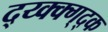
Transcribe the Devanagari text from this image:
द्य्क्क्ग्द्क